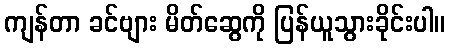
ကျန်တာ ခင်ဗျား မိတ်ဆွေကို ပြန်ယူသွားခိုင်းပါ။